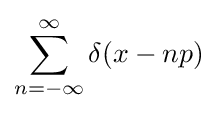
\sum _{n=-\infty }^{\infty }\delta (x-np)